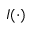
I ( \cdot )